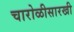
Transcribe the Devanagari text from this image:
चारोळीसारखी